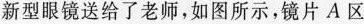
新型眼镜送给了老师，如图所示，镜片A区